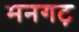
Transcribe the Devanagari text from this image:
मनगट़